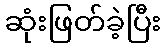
ဆုံးဖြတ်ခဲ့ပြီး